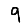
Digit: 9